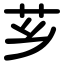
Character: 芗